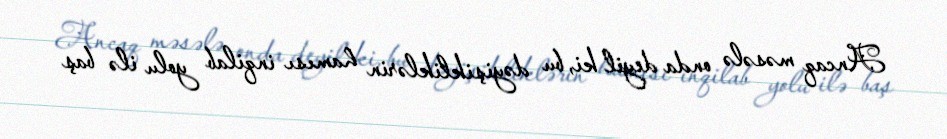
Ancaq məsələ onda deyil ki, bu dəyişikliklərin hamısı inqilab yolu ilə baş